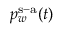
p _ { w } ^ { \mathrm { s - a } } ( t )